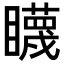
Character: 䁾